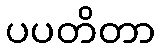
ပပတိတာ